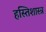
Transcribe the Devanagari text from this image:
हस्तिशास्त्र